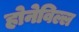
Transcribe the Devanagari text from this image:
होनेविल्ल